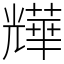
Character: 㒯